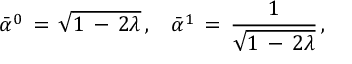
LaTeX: \bar { \alpha } ^ { 0 } \, = \, \sqrt { 1 \, - \, 2 \lambda } \, { , } \quad \bar { \alpha } ^ { 1 } \, = \, \frac { 1 } { \sqrt { 1 \, - \, 2 \lambda } } \, { , }